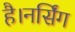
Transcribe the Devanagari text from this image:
है।नर्सिंग